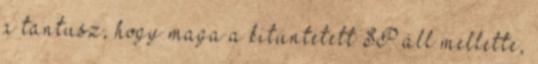
a tantusz, hogy maga a kitüntetett SP áll mellette,